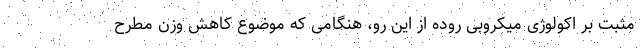
مثبت بر اکولوژی میکروبی روده از این رو، هنگامی که موضوع کاهش وزن مطرح